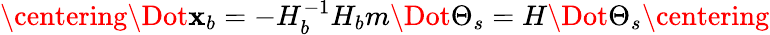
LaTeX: \centering\Dot{\mathbf{x}_{b}}=-H_{b}^{-1}H_{b}m\Dot{\Theta_{s}}=H\Dot{\Theta_{s}}\centering